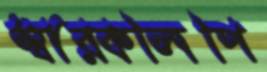
স্বারকলিপি